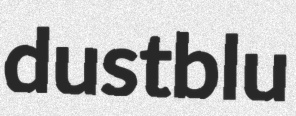
dustblu